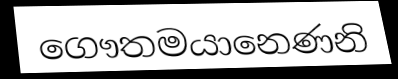
ගෞතමයානෙණනි